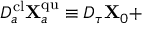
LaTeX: D _ { a } ^ { \mathrm { c l } } { \bf X } _ { a } ^ { \mathrm { q u } } \equiv D _ { \tau } { \bf X } _ { 0 } +